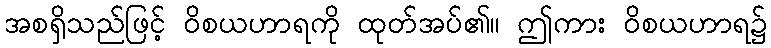
အစရှိသည်ဖြင့် ဝိစယဟာရကို ထုတ်အပ်၏။ ဤကား ဝိစယဟာရ၌